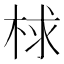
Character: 梂